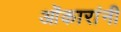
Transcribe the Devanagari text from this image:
ओंकारांनी